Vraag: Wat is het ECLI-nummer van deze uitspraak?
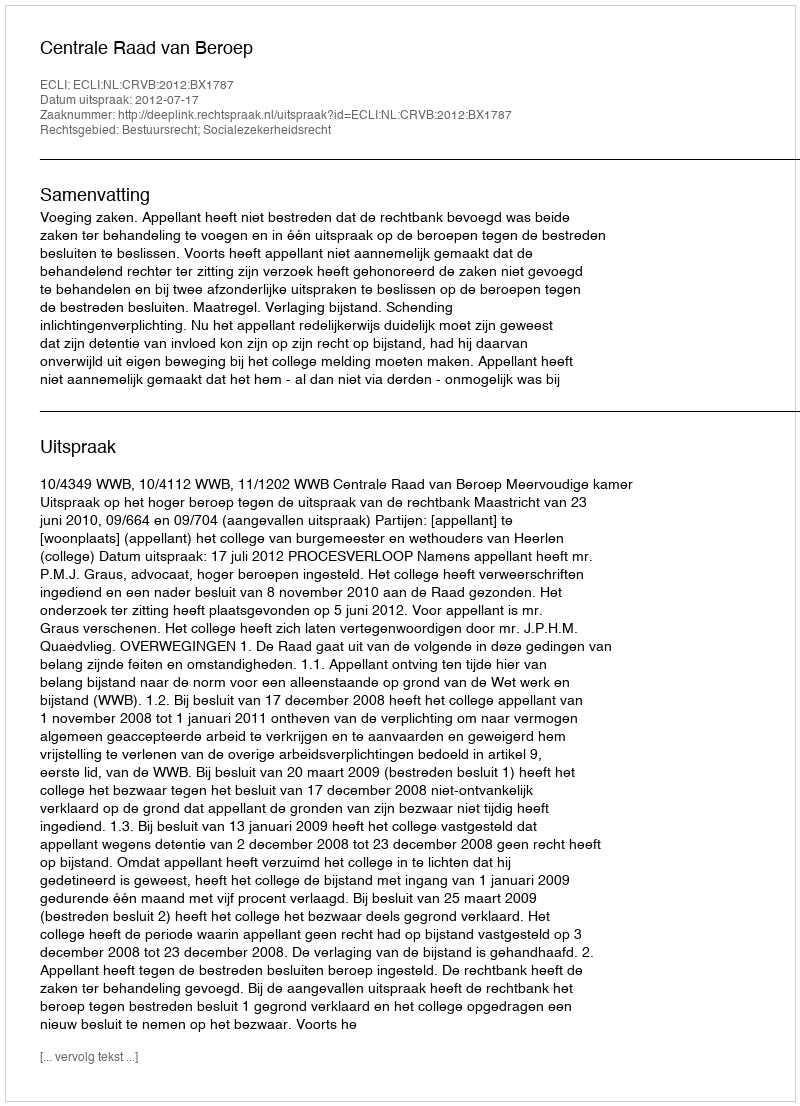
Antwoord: ECLI:NL:CRVB:2012:BX1787